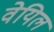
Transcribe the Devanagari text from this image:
वेयिल